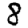
Digit: 8